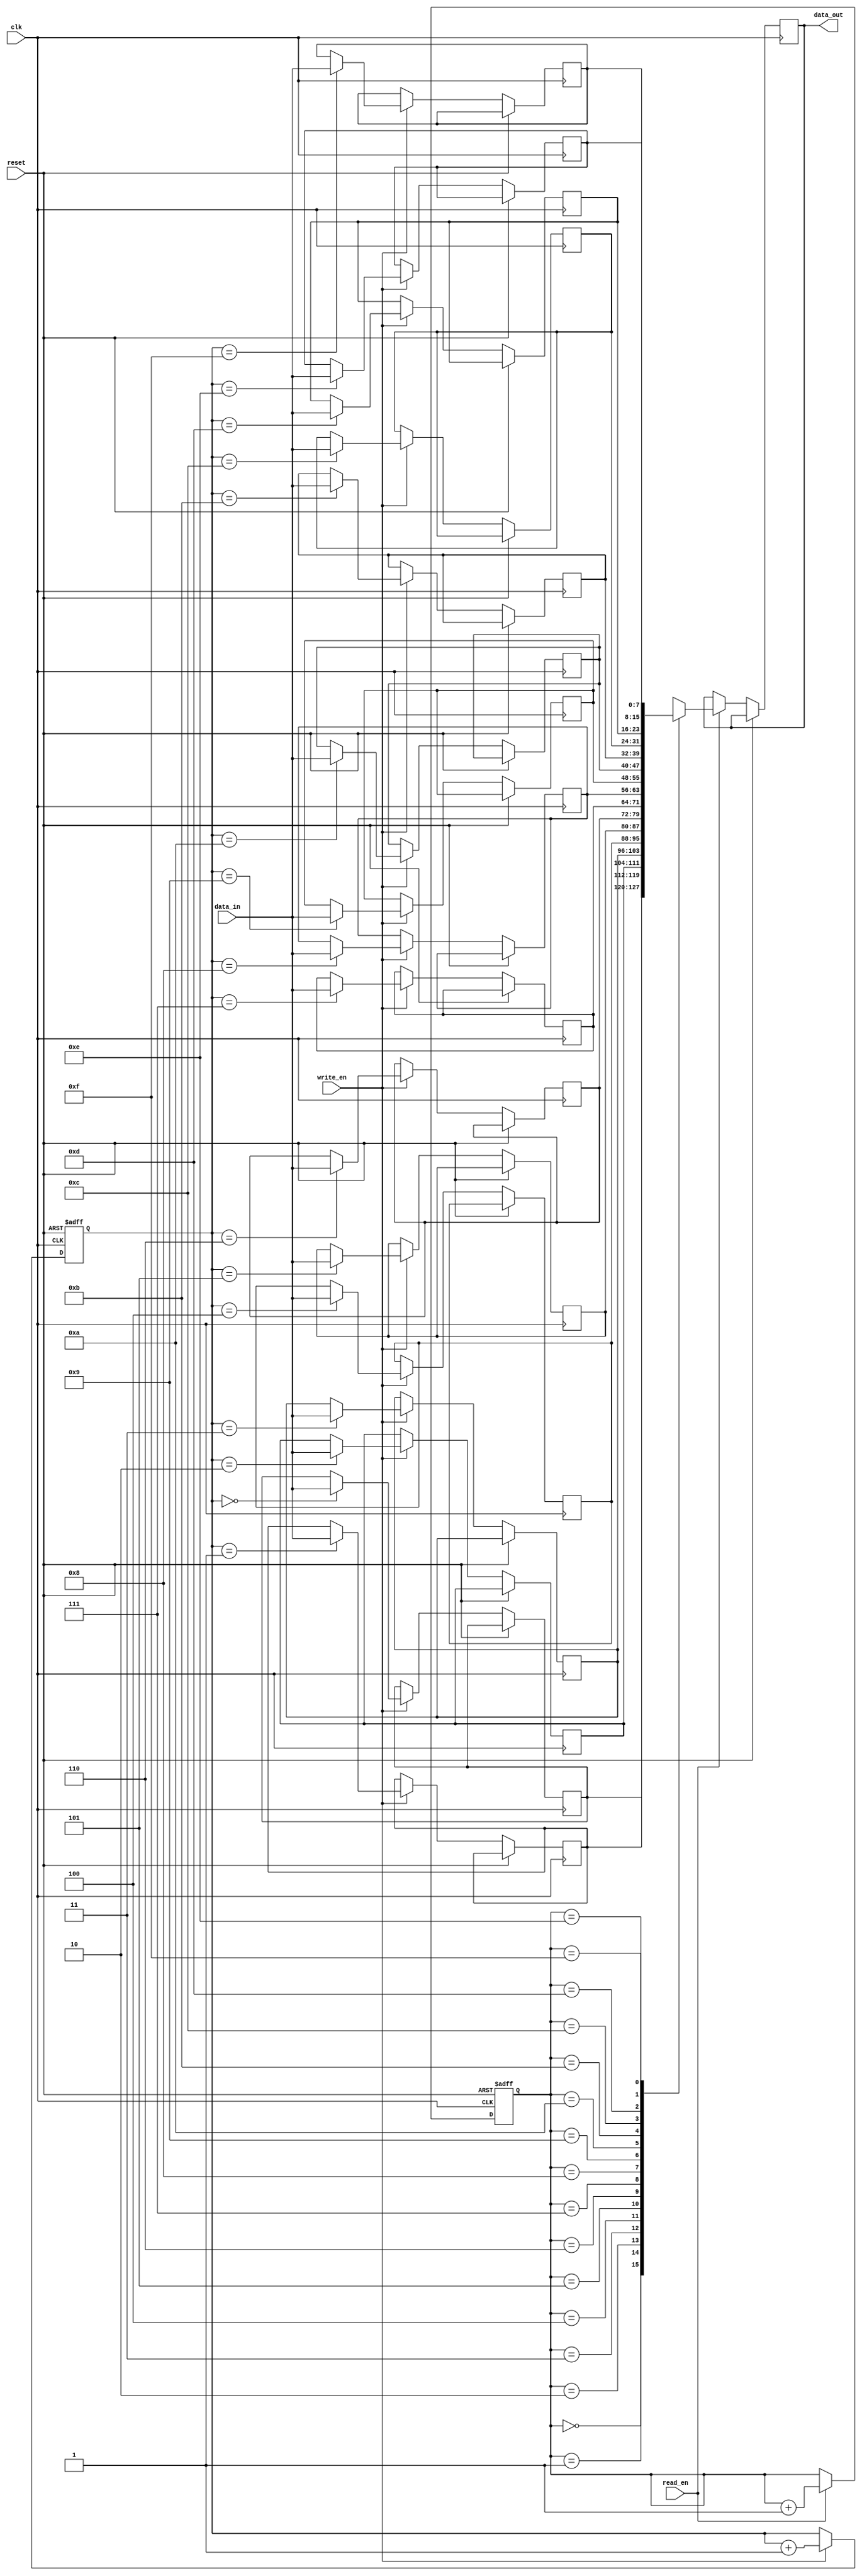
module Gray_FIFO(
  input wire clk,
  input wire reset,
  input wire write_en,
  input wire read_en,
  input wire [data_width-1:0] data_in,
  output reg [data_width-1:0] data_out
);

  parameter data_width = 8;
  parameter addr_width = $clog2(depth);
  parameter depth = 16;

  reg [addr_width-1:0] gray_addr;
  reg [addr_width-1:0] write_addr;
  reg [addr_width-1:0] read_addr;

  reg [data_width-1:0] memory [0:depth-1];

  always @(posedge clk or posedge reset) begin
    if (reset) begin
      gray_addr <= 0;
      write_addr <= 0;
      read_addr <= 0;
    end else begin
      if (write_en) begin
        memory[gray_addr] <= data_in;
        write_addr <= gray_addr;
        gray_addr <= gray_addr + 1;
      end
      if (read_en) begin
        data_out <= memory[read_addr];
        read_addr <= read_addr + 1;
      end
    end
  end

endmodule